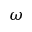
\omega